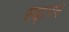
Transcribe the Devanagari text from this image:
टेढा़पन